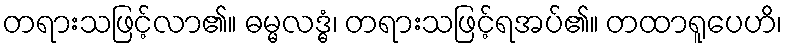
တရားသဖြင့်လာ၏။ ဓမ္မလဒ္ဓံ၊ တရားသဖြင့်ရအပ်၏။ တထာရူပေဟိ၊